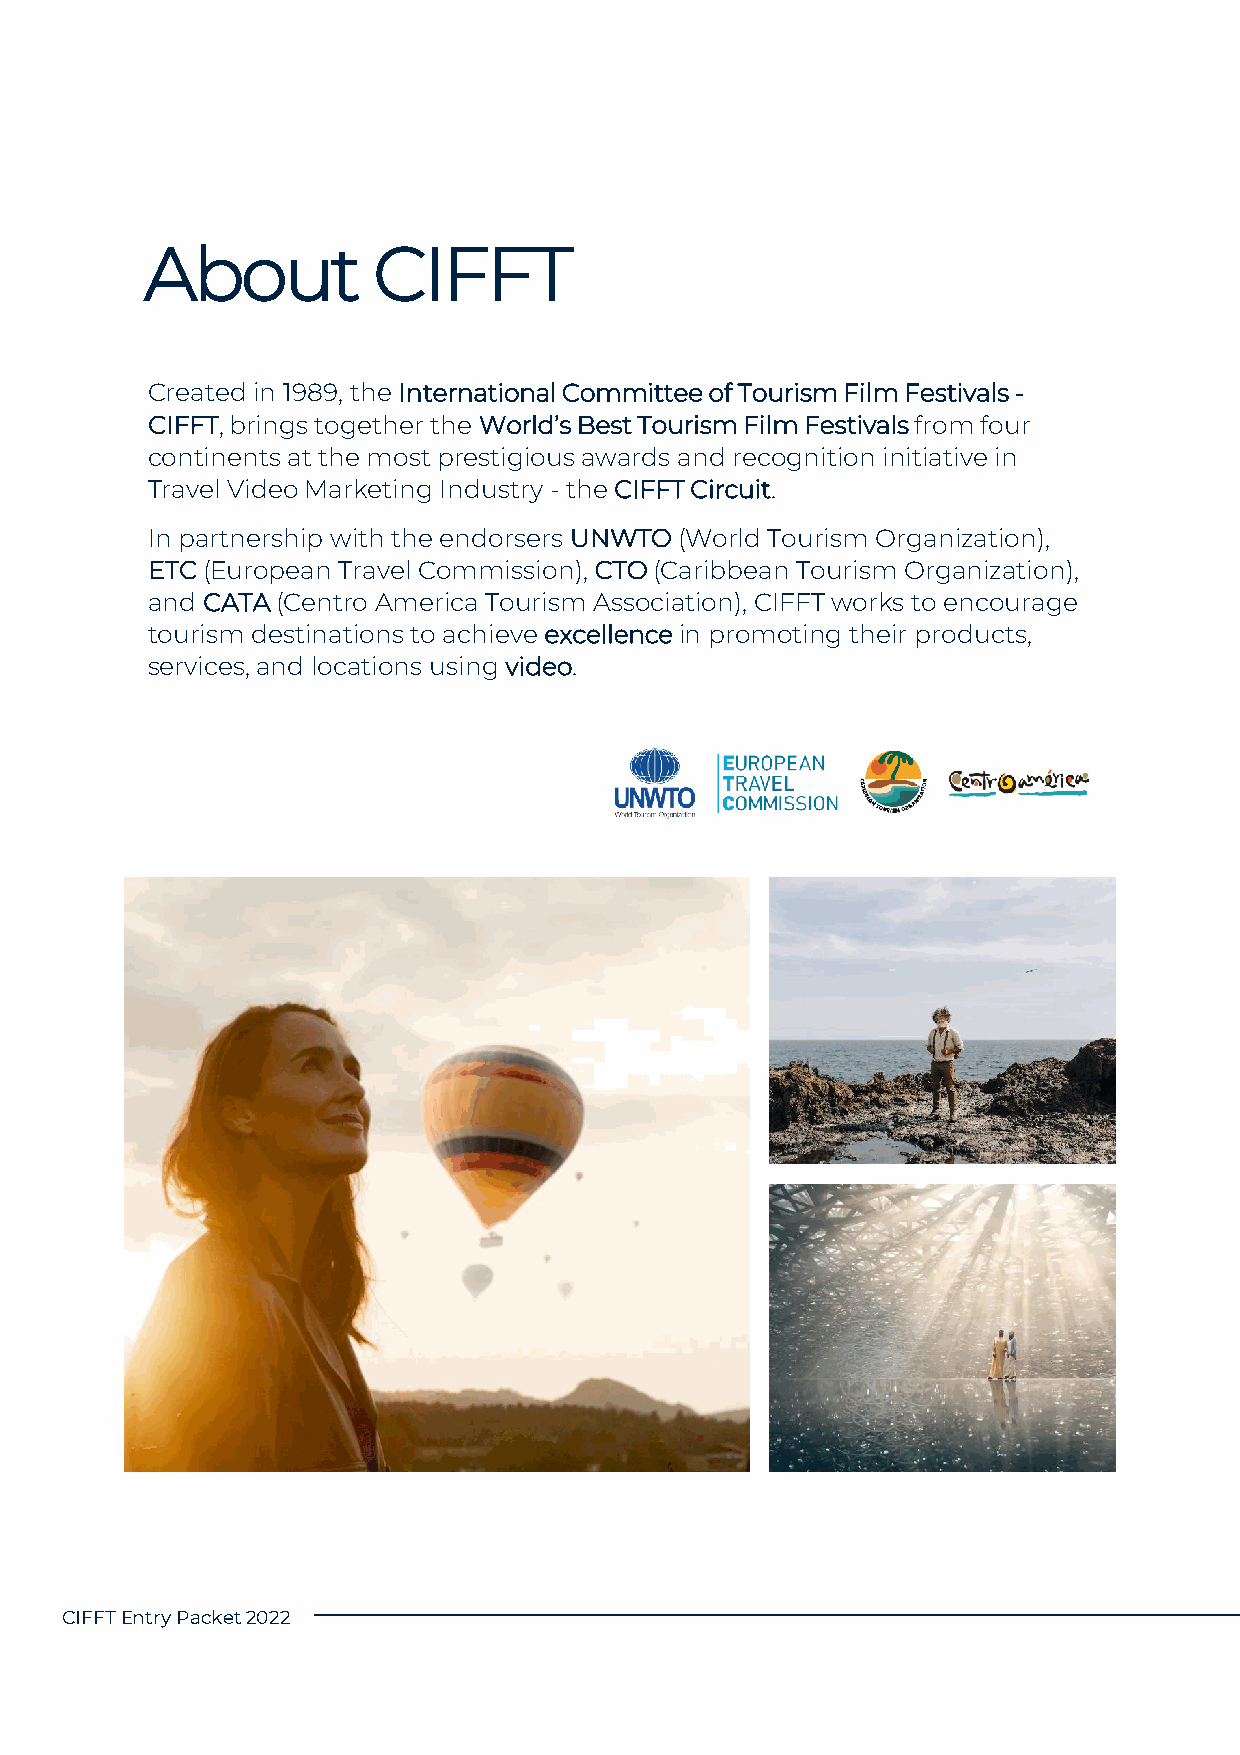
About          CIFFT
 Created in 1989, the International Committee of Tourism Film Festivals -
 CIFFT, brings together the World’s Best Tourism Film Festivals from four
 continents at the most prestigious awards and recognition initiative in
 Travel Video Marketing Industry - the CIFFT Circuit.
 In partnership with the endorsers UNWTO(World Tourism Organization),
 ETC(European Travel Commission), CTO(Caribbean Tourism Organization),
 and CATA(Centro America Tourism Association), CIFFT works to encourage
 tourism destinations to achieve excellencein promoting their products,
 services, and locations using video.
 CIFFT EntryPacket2022